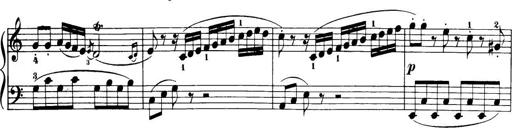
Title: 32 Sonatinas and Rondos for the Piano
Composer: Richard Kleinmichel